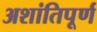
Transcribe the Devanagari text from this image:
अशांतिपूर्ण